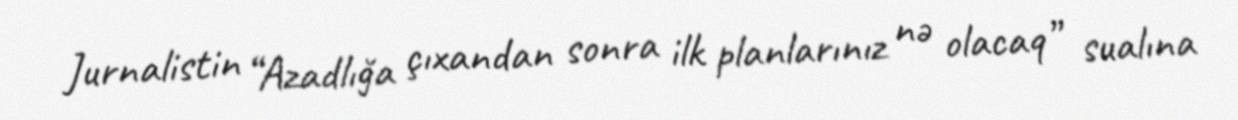
Jurnalistin “Azadlığa çıxandan sonra ilk planlarınız nə olacaq” sualına